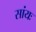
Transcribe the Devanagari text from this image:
सांयः